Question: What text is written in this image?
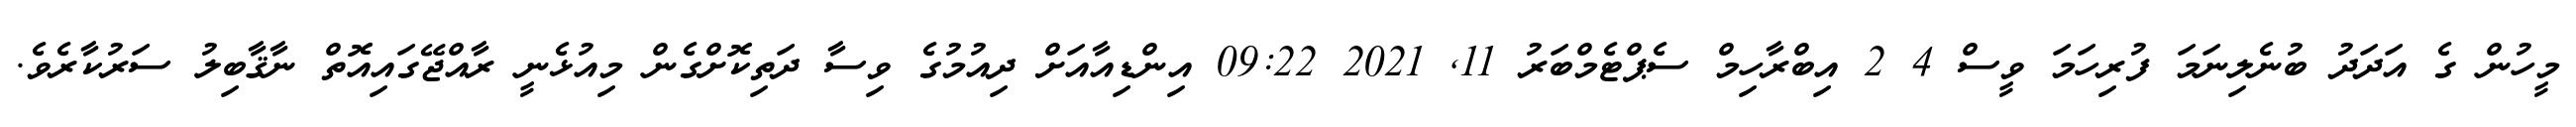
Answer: މީހުން ގެ އަދަދު ބުނެލިނަމަ ފުރިހަމަ ވީސް 4 2 އިބްރާހިމް ސެޕްޓެމްބަރު 11, 2021 09:22 އިންޑިއާއަށް ދިއުމުގެ ވިސާ ދަތިކޮށްގެން މިއުޅެނީ ރާއްޖޭގައިއޮތް ނާޤާބިލު ސަރުކާރެވެ.